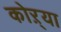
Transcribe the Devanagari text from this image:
कोऱ्‍या